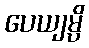
ပေယျမ္ပိ